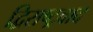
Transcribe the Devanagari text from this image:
द्विराष्ट्रवाद